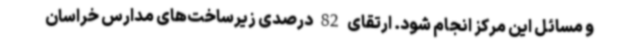
و مسائل این مرکز انجام شود. ارتقای 82 درصدی زیرساخت‌های مدارس خراسان